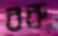
বরু